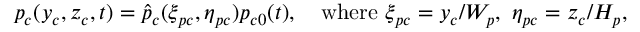
p _ { c } ( y _ { c } , z _ { c } , t ) = \hat { p } _ { c } ( \xi _ { p c } , \eta _ { p c } ) p _ { c 0 } ( t ) , \mathrm { ~ ~ ~ w h e r e ~ } \xi _ { p c } = y _ { c } / W _ { p } , ~ \eta _ { p c } = z _ { c } / H _ { p } ,